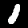
Label: 1